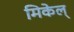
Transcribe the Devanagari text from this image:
मिकेल्